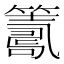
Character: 𥵽